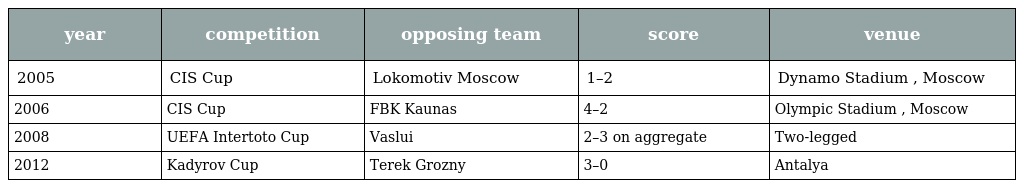
| year | competition | opposing team | score | venue |
 | --- | --- | --- | --- | --- |
 | 2005 | CIS Cup | Lokomotiv Moscow | 1–2 | Dynamo Stadium , Moscow |
 | 2006 | CIS Cup | FBK Kaunas | 4–2 | Olympic Stadium , Moscow |
 | 2008 | UEFA Intertoto Cup | Vaslui | 2–3 on aggregate | Two-legged |
 | 2012 | Kadyrov Cup | Terek Grozny | 3–0 | Antalya |